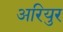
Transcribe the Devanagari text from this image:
अरियुर